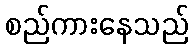
စည်ကားနေသည်